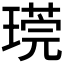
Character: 𪼒